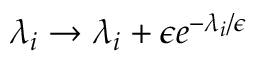
\lambda _ { i } \rightarrow \lambda _ { i } + \epsilon e ^ { - \lambda _ { i } / \epsilon }